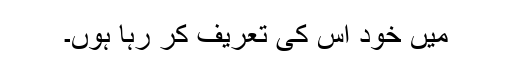
میں خود اس کی تعریف کر رہا ہوں۔